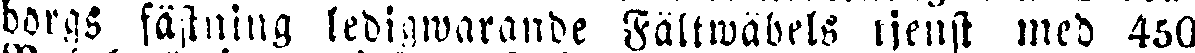
borgs fästning ledigwarande Fältwädels tjenst med 450